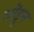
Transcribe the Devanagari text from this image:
सॊद्दून